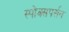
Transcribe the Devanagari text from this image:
स्पोक्सपर्सन